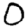
Digit: 0